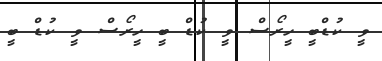
ވީ ކުޑްބީ ހީރޯސް ވީ ކުޑް ބީ ހީރޯސް ވީ ކުޑް ބީ